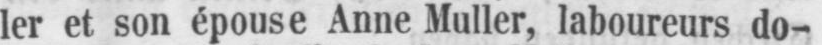
ler et son épouse Anne Muller, laboureurs do-